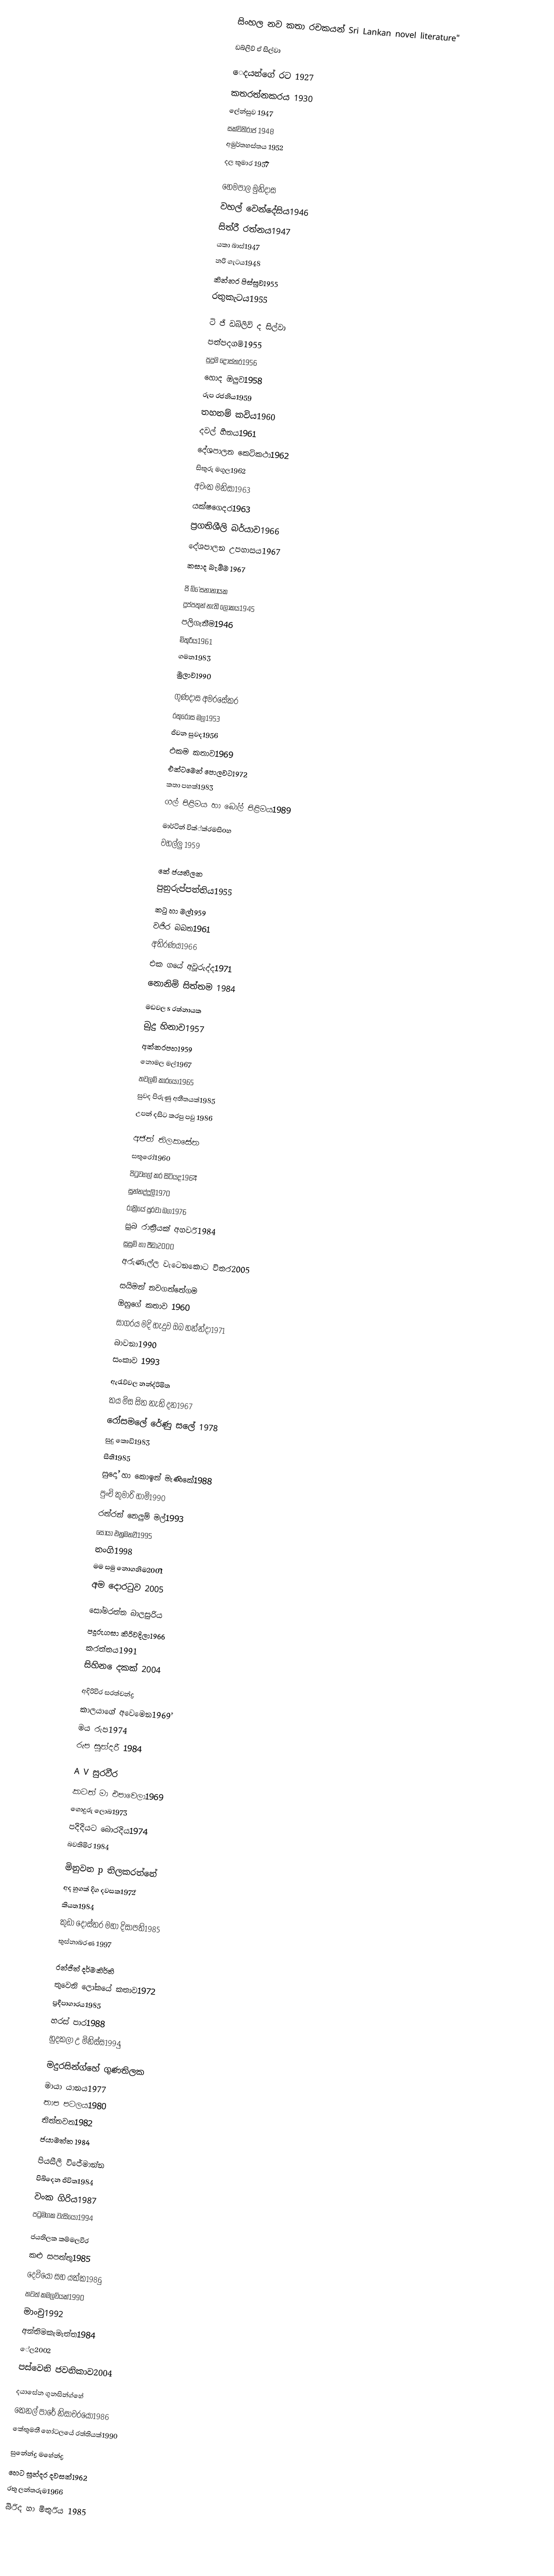
සිංහල නව කතා රචකයන්  Sri Lankan novel literature"

ඩබ්ලිව් ඒ සිල්වා

ෙදයන්ගේ  රට            1927
කතරත්නකරය           1930
ලේන්සුව                      1947
සක්විතිරාජ                 1948
අමුර්තහස්තය            1952
දල කුමාර                    1957ි

හෙමපාල මුනිදාස
වහල්  වෙන්දේසිය1946
සිත්රී  රත්නය1947
යකා බාස්1947
නරි ගැටය1948
කින්නර පිස්සුව1955
රතුකැටය1955

ටි ජි  ඩබ්ලිව්  ද සිල්වා
පත්පදගම්1955
පුදුම දොස්තර1956
හොද ඔලුව1958
රුප රජනිය1959
තහනම්  කවිය1960
දවල් හීනය1961
දේශපාලන කෙටිකථා1962
සිකුරු මගුල1962
අවංක මනිසා1963
යක්ෂගෙදර1963
ප්‍රගතිශීලි බර්යාව1966
දේශපාලන උපහාසය1967
කසාද බැම්ම 1967

ජි  බි ේසනානායක
දුප්පතුන්  නැති ලෝකය1945
පලිගැනීම1946
මිතුරිය1961
ගමන1983
මුලාව1990

ගුණදාස අමරසේකර
රතුරෝස මල1953
ජිවන සුවද1956
එකම කතාව1969
එක්ටමෙන් පොලවට1972
කතා පහක්1983
ගල් පිළිමය හා බෝල් පිළිමය1989

මාර්ටින් වික්්ක්රමසිoහ
වහල්ලු 1959

කේ  ජයතිලක
පුනුරුප්පත්තිය1955
කටු හා මල්1959
වජිර බබත1961
අතිරණය1966
එක ගයේ  අවූරුද්ද1971
නොනිමි සිත්තම 1984

මඩවල s රත්නායක
බුදු හිනාව1957
අක්කරපහ1959
නොමල මල්1967
තවලම් කාරයෝ1965
සුවද පිරුණු අතීතයක්1985
උපන් දසිට කරපු පවු  1986

අජිත් තිලකසේන
සතුරෝ1960
පිටුවහල් කර සිටියද1964ී
සුන්නද්දුලි1970
රාත්‍රියේ පුරවා බග1976
සුබ රාත්‍රියක් අහවරි1984
සුසුම්  හා පීඩා2000
අරුණැල්ල වැටෙනකොට විතර2005

සයිමන් නවගත්තේගම
ඔහුගේ  කතාව 1960
සාගරය මදි හැදුව ඔබ හන්න්දා1971
බාවනා1990
සංකාව 1993

ඇරැව්වල නන්ද්රිමිත
කය මිස සිත නැති දන1967
රෝසමලේ  රේණු සලේ  1978
සුදු කොඩි1983
සීතී1985
සුදෝ හා කොඉන් මැණිකේ1988
පුංචි කුමාරි හාමි1990
රත්රන් නෙලුම් මල්1993
සොයා එනුමනවී1995
නංගි1998
මම සමු නොගනිම2001ි
අම දොරටුව 2005

සෝමරත්න බාලසුරිය
පදුරුගසා කිරිවදිලා1966
කරත්තය1991
සිහින ෙදකක් 2004

අදිරිවීර සරත්චන්ද්‍ර
කාලයාගේ  අවෙමෙන1969්
මය රුප1974
රුප සුන්දරී 1984

A  V සුරවීර
කටත් මා එපාවෙලා1969
ගොදුරු ලොබ1973
පදිදියට බොරදිය1974
බවතිමිර 1984

මිනුවන p තිලකරත්නේ
අද හුගක් දිග දවසක1972්
කියත1984
කුඩා දොස්තර මහා දිසාපති1985
තුස්නාබරණ 1997

රන්ජිත් දර්මකිර්ති
තුවෙනි ලෝකයේ කතාව1972
ප්‍රදීපාගාරය1985
හරස් පාර1988
හුදකලා උ මිනිස්ස1994ු

මදුරසින්ග්හේ  ගුණතිලක
මායා  යානය1977
තාප පටලය1980
තිත්තවත1982
ජයාමත්ත 1984

පියසීලි විජේමාන්න
පිබිදෙන ජිවිත1984
වංක ගිරිය1987
පටුමගක වැසියෝ1994

ජයතිලක කම්මලවීර
කළු සපත්තු1985
දෙවියෝ  සහ යක්ක1986ු
තවත්  කමලවියක්1990
මාංචු1992
අන්තිමකැමැත්ත1984
ේල2002
පස්වෙනි ජවනිකාව2004

දයාසේන ගුනසින්ග්හේ
කෙනල් පාරේ නිසාචරයො1986
කේතුමතී හෝටලයේ රත්තියක්1990

සුනේන්ද්‍ර මහේන්ද්‍ර
හෙට සුන්දර දවසක්1962
රතු ලන්තරුම1966
බිරිද හා මිතුරිය  1985